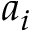
a _ { i }